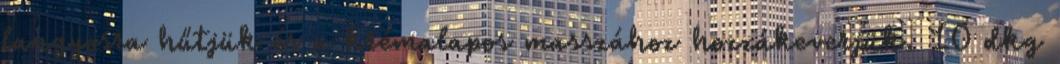
langyosra hűtjük és a krémalapos masszához hozzákeverjük. 10 dkg